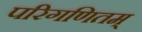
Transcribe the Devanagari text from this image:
परिगणितम्